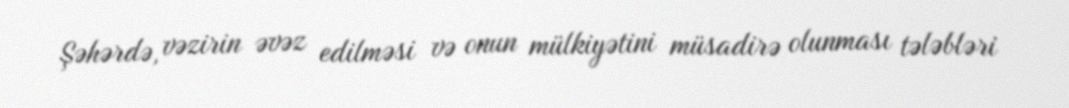
Şəhərdə, vəzirin əvəz edilməsi və onun mülkiyətini müsadirə olunması tələbləri